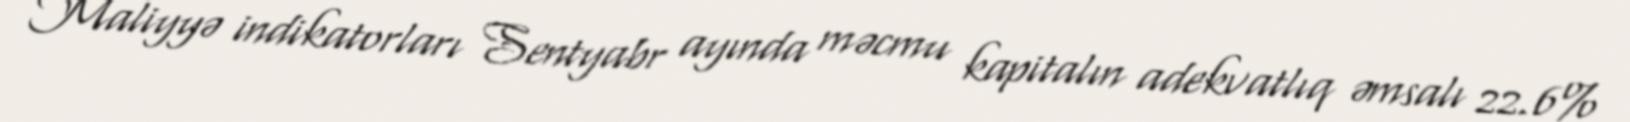
Maliyyə indikatorları Sentyabr ayında məcmu kapitalın adekvatlıq əmsalı 22.6%